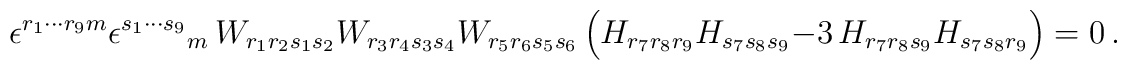
\epsilon^{r_1\cdots r_9m} \epsilon^{s_1\cdots s_9}{}_m\,W_{r_1r_2s_1s_2} W_{r_3r_4s_3s_4} W_{r_5r_6s_5s_6} \,\Big( H_{r_7r_8r_9} H_{s_7s_8s_9} -3\,H_{r_7r_8s_9}H_{s_7s_8r_9}\Big)=0\, .